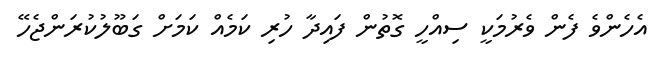
އެހެންވެ ފެން ވެރުމަކީ ސިއްހީ ގޮތުން ފައިދާ ހުރި ކަމެއް ކަމަށް ގަބޫލުކުރަންޖެހޭ